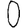
Digit: 0